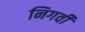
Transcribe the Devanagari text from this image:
निगर्वी